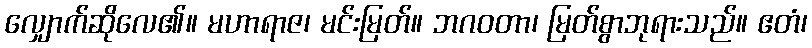
လျှောက်ဆိုလေ၏။ မဟာရာဇ၊ မင်းမြတ်။ ဘဂဝတာ၊ မြတ်စွာဘုရားသည်။ ဧတံ၊